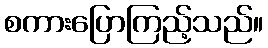
စကားပြောကြည့်သည်။